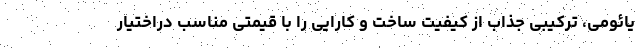
یائومی، ترکیبی جذاب از کیفیت ساخت و کارایی را با قیمتی مناسب دراختیار